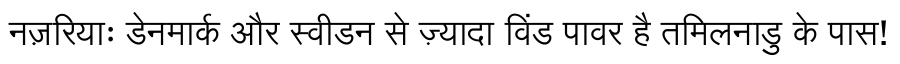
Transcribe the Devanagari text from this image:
नज़रियाः डेनमार्क और स्वीडन से ज़्यादा विंड पावर है तमिलनाडु के पास!